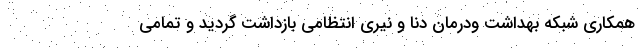
همکاری شبکه بهداشت ودرمان دنا و نیری انتظامی بازداشت گردید و تمامی